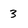
Character: 3